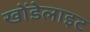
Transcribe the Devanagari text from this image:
खोंडेलाइट